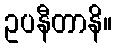
ဥပနီတာနိ။